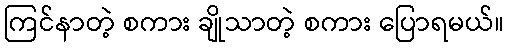
ကြင်နာတဲ့ စကား ချိုသာတဲ့ စကား ပြောရမယ်။